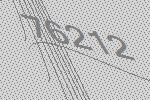
76212